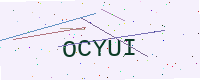
Text: OCYUI